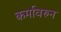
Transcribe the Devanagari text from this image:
कर्मावरुन